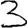
Digit: 3